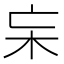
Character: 杗